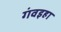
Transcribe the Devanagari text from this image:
गंवइहा